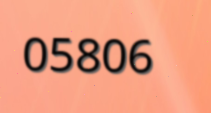
05806